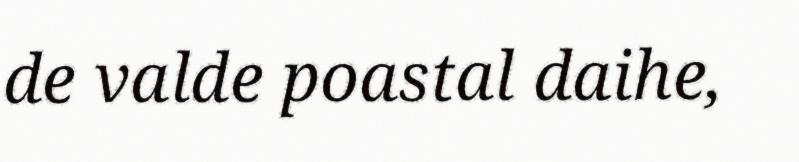
de valde poastal daihe,